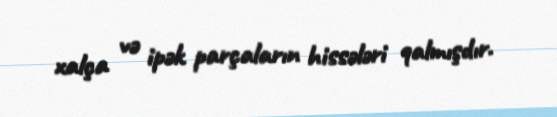
xalça və ipək parçaların hissələri qalmışdır.